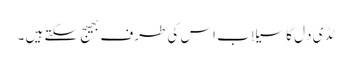
ٹڈ ی دَل کاسیلاب اس کی طرف بھیج سکتے ہیں ۔